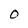
Character: 0